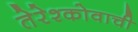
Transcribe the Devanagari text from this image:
तेरेश्कोवाची